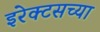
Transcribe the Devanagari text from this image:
इरेक्टसच्या